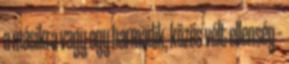
a másikra vagy egy harmadik, közös vélt ellenség –